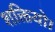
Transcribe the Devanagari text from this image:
शक्तियो।